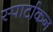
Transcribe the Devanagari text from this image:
स्पार्टाकन